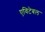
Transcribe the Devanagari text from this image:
एविटेबल